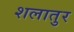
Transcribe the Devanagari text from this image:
शलातुर